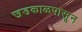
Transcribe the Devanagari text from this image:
खडकाळपासून